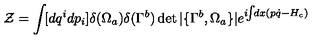
{ \cal Z } = \int \! [ d q ^ { i } d p _ { i } ] \delta ( \Omega _ { a } ) \delta ( \Gamma ^ { b } ) \det | \{ \Gamma ^ { b } , \Omega _ { a } \} | e ^ { i \! \! \int \! \! d x ( p \dot { q } - H _ { c } ) }